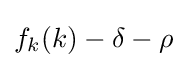
f_{k}(k)-\delta -\rho